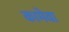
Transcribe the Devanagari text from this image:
कामेवा